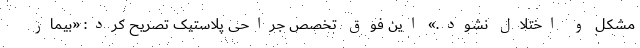
مشکل و اختلال نشود.» این فوق تخصص جراحی پلاستیک تصریح کرد: «بیمار